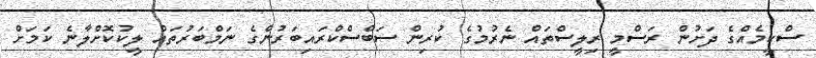
ސްކީމެއްގެ ދަށުން ރަސްމީ ރިލީސްތައް ނެރުމުގެ ކުރިން ސަބްސްކްރައިބަރުންގެ ނަމްބަރުތައް ލީކުކޮށްލާނެ ކަމަށް